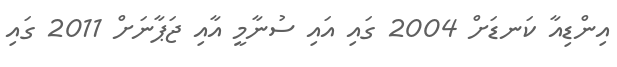
އިންޑިއާ ކަނޑަށް 2004 ގައި އައި ސުނާމީ އާއި ޖަޕާނަށް 2011 ގައި